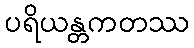
ပရိယန္တကတဿ